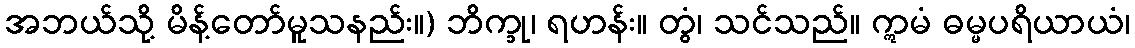
အဘယ်သို့ မိန့်တော်မူသနည်း။) ဘိက္ခု၊ ရဟန်း။ တွံ၊ သင်သည်။ ဣမံ ဓမ္မပရိယာယံ၊